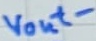
Text: vout-